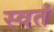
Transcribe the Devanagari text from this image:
स्वतं